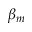
\beta _ { m }